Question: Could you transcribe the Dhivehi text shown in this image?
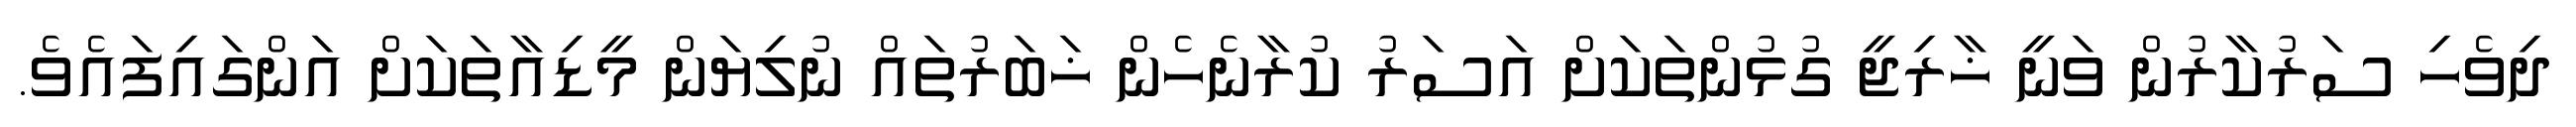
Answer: ދިވެހި ސަރުކާރުން ވަނީ ޚާރިޖީ ގުޅުންތަކަށް އަސަރު ކުރާނެހެން ޚަބަރުތައް ނުލިޔަން މީޑިއާތަކަށް އަންގައިފައެވެ.